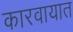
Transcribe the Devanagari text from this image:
कारवायात